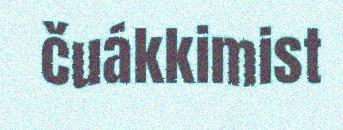
čuákkimist